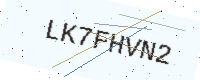
Text: LK7FHVN2